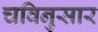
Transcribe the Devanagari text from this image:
चविनुसार